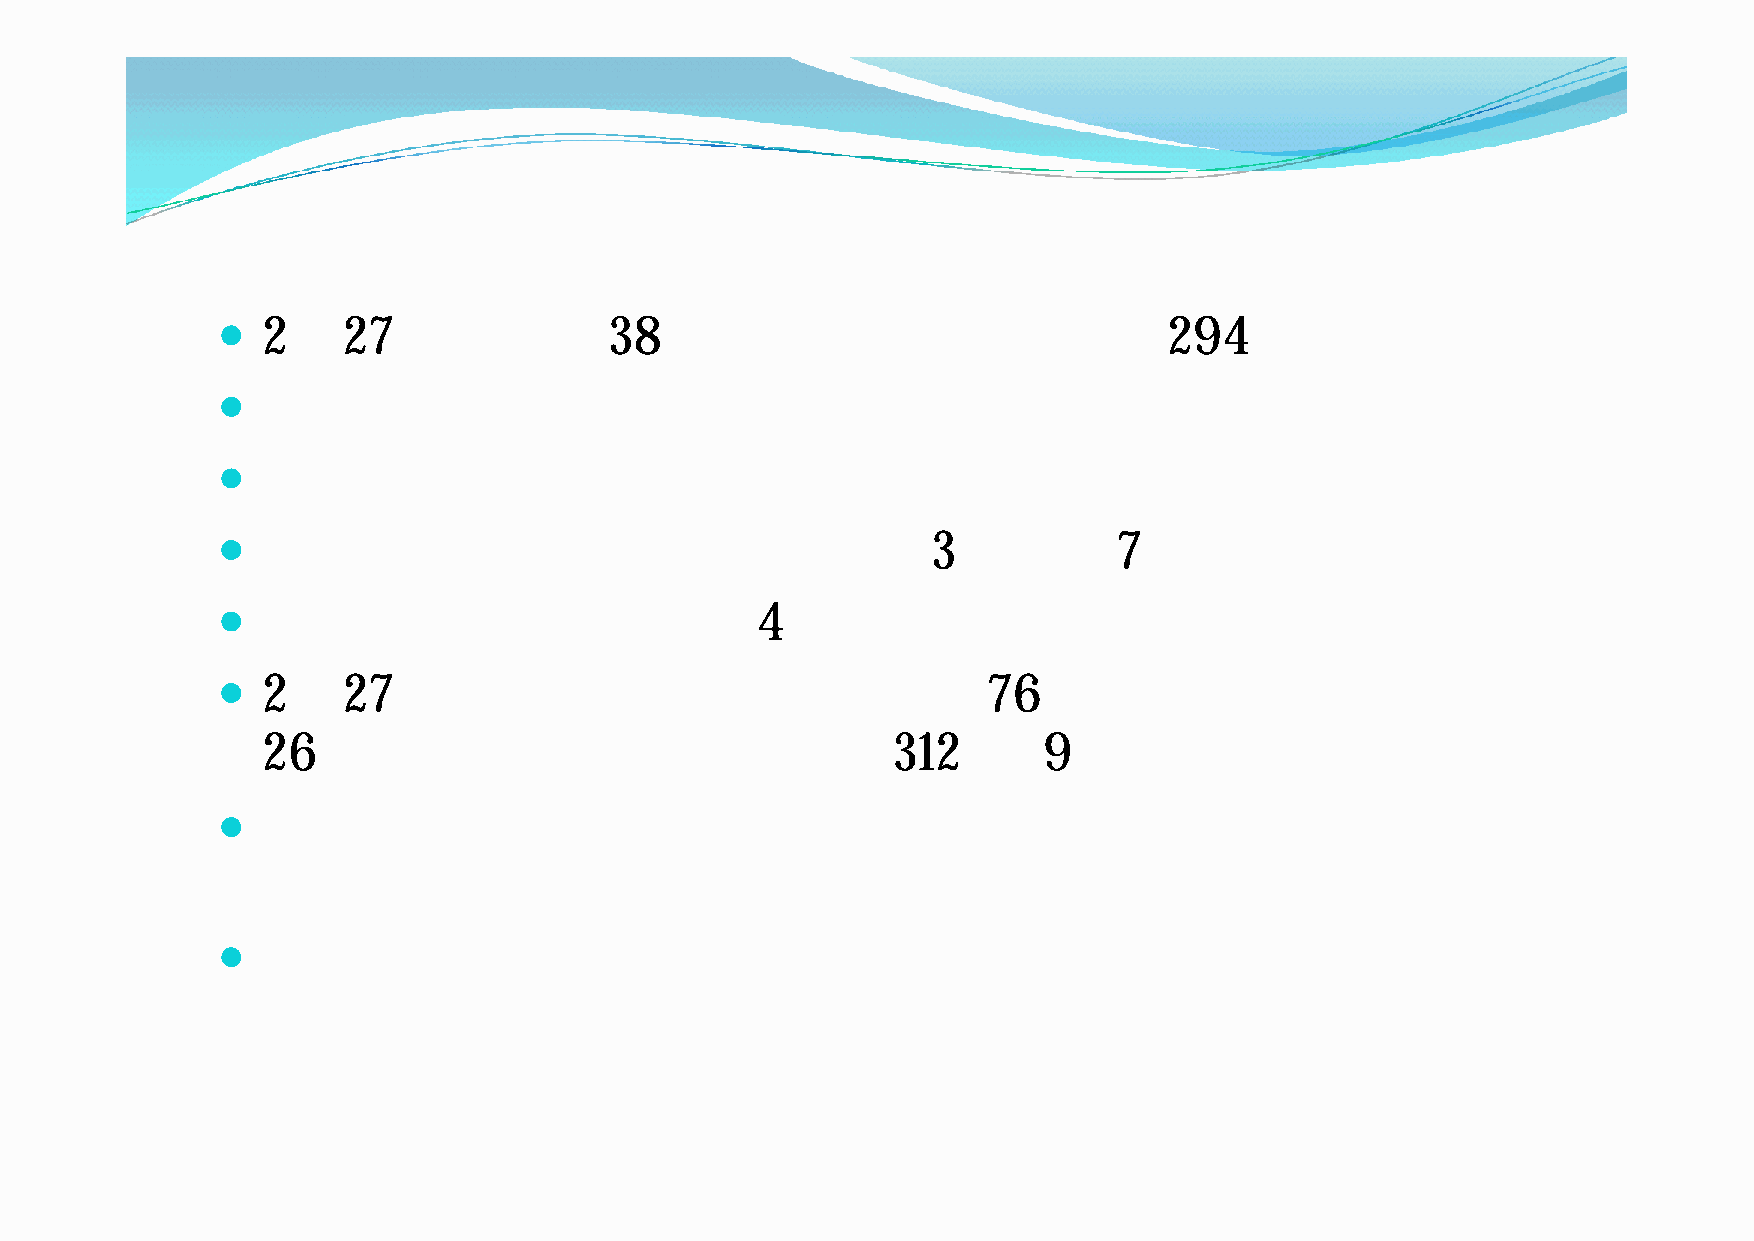
販売状況とびん返却状況
   2月    27日現在で           38店舗。出荷ケース数は                         294ケース
   都庁の展望ルーム、現在販売に向け準備中。
   新宿区役所の売店で販売。
   新宿駅近くのお好み焼店では                                3週間で        7ケースを売り上げ。
  ああるるココンンビビニニ店店舗舗でではは             44ケケーーススがが出出荷荷さされれたた。。
   2月    27日現在で、Ｐ函の戻り数は                            76ケース（出荷数の
 ％）、空びんの戻り本数は                               本（     ％）
 26                                        312       9
   「記念保管」以上に、商品が潤沢に回るようになれば、回
 収率が高まる
   リサイクルや不燃ごみで出た場合、そこからピックアップ
 できる仕組みも